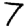
Digit: 7